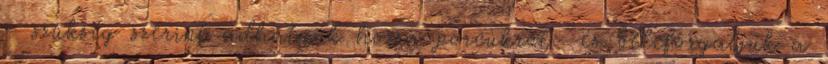
- szükség szerint adhatunk hozzá porcukrot- és beleforgatjuk a